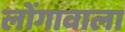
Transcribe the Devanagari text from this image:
लोंगावाला